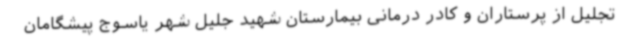
تجلیل از پرستاران و کادر درمانی بیمارستان شهید جلیل شهر یاسوج پیشگامان